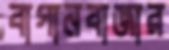
বাগানবাজার